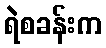
ရဲစခန်းက